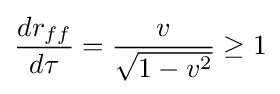
{\frac {dr_{ff}}{d\tau }}={\frac {v}{\sqrt {1-v^{2}}}}\geq 1